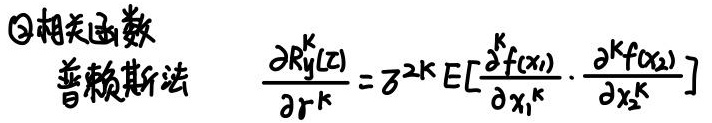
\textcircled{2}相关函数

普赖斯法

$\frac{\partial R_{y}^{k}(z)}{\partial r^{k}}=\delta^{2 k} E\left[\frac{\partial^{k} f\left(x_{1}\right)}{\partial x_{1}^{k}} \cdot \frac{\partial^{k} f\left(x_{2}\right)}{\partial x_{2}^{k}}\right]$